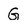
Character: G